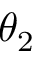
\theta _ { 2 }